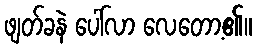
ဖျတ်ခနဲ ပေါ်လာ လေတော့၏။